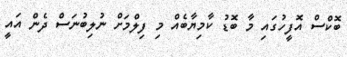
ބޮކްސް އޮފީހުގައި މާ ބޮޑު ކާމިޔާބެއް މި ފިލްމަށް ނުލިބުނަސް ދެން އައީ